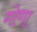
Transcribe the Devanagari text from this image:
गोणा